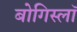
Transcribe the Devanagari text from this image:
बोगिस्लॉ